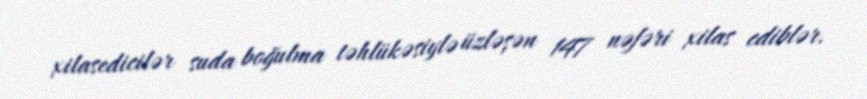
xilasedicilər suda boğulma təhlükəsiylə üzləşən 147 nəfəri xilas ediblər.